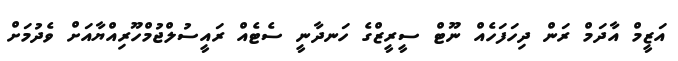
އަޒީމް އާދަމް ރަން ދިހަފަހެއް ނޫޓް ސީރީޒްގެ ހަނދާނީ ސެޓެއް ރައީސުލްޖުމްހޫރިއްޔާއަށް ވެދުމަށް